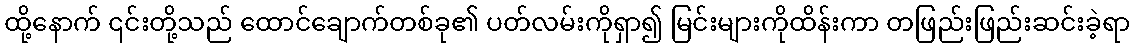
ထို့နောက် ၎င်းတို့သည် ထောင်ချောက်တစ်ခု၏ ပတ်လမ်းကိုရှာ၍ မြင်းများကိုထိန်းကာ တဖြည်းဖြည်းဆင်းခဲ့ရာ